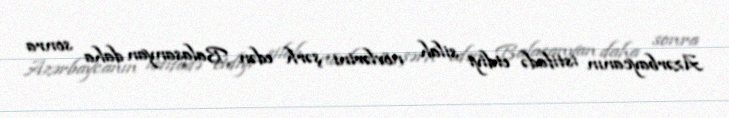
Azərbaycanın istifadə etdiyi silah növlərini şərh edən Balasanyan daha sonra